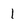
Character: 1